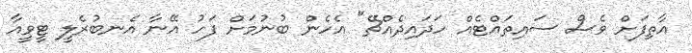
އާތިފަށް ވެސް ސައިތައްޓެއް ހަދައިދެއްޗޭ" އެހެން ބުނުމަށް ފަހު އޭނާ އެނބުރެލީ ޓީވީއާ